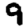
Digit: 9